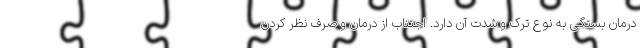
درمان بستگی به نوع ترک و شدت آن دارد. اجتناب از درمان و صرف نظر کردن